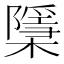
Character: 檃